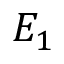
E _ { 1 }